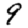
Digit: 9